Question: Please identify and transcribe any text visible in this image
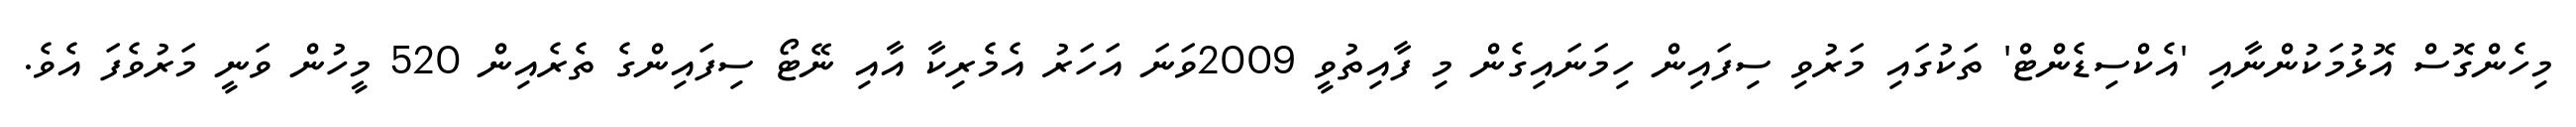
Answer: މިހެންގޮސް އޮޅުމަކުންނާއި 'އެކްސިޑެންޓް' ތަކުގައި މަރުވި ސިފައިން ހިމަނައިގެން މި ފާއިތުވީ 2009ވަނަ އަހަރު އެމެރިކާ އާއި ނޭޓޯ ސިފައިންގެ ތެރެއިން 520 މީހުން ވަނީ މަރުވެފަ އެވެ.